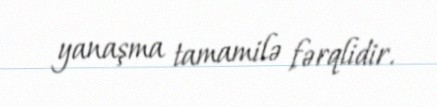
yanaşma tamamilə fərqlidir.